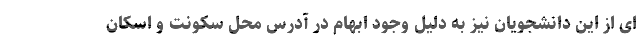
ای از این دانشجویان نیز به دلیل وجود ابهام در آدرس محل سکونت و اسکان